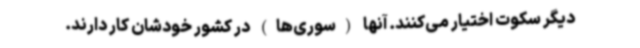
دیگر سکوت اختیار می‌کنند. آنها (سوری‌ها) در کشور خودشان کار دارند.